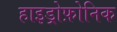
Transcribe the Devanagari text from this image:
हाइड्रोफ़ोनिक